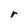
Character: r